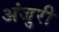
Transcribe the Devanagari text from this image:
अंजुरी